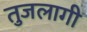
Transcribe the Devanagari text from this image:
तुजलागी